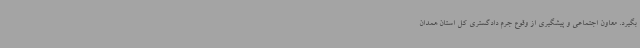
بگیرد. معاون اجتماعی و پیشگیری از وقوع جرم دادگستری کل استان همدان